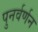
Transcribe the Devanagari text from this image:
पुनर्वर्णन